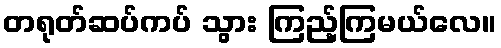
တရုတ်ဆပ်ကပ် သွား ကြည့်ကြမယ်လေ။